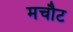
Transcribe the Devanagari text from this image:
मचौट